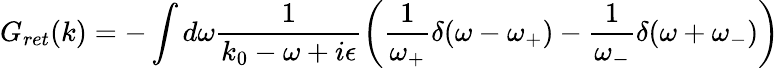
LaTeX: G_{ret}(k)=-\int d\omega\frac{1}{k_{0}-\omega+i\epsilon}\left(\frac{1}{\omega_{+}}\delta(\omega-\omega_{+})-\frac{1}{\omega_{-}}\delta(\omega+\omega_{-})\right)